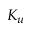
K _ { u }